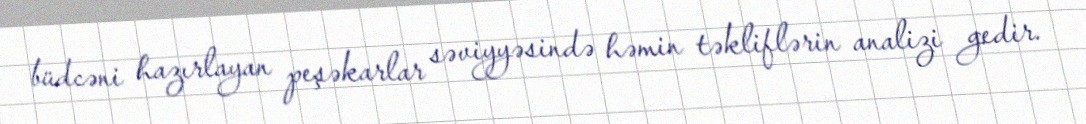
büdcəni hazırlayan peşəkarlar səviyyəsində həmin təkliflərin analizi gedir.